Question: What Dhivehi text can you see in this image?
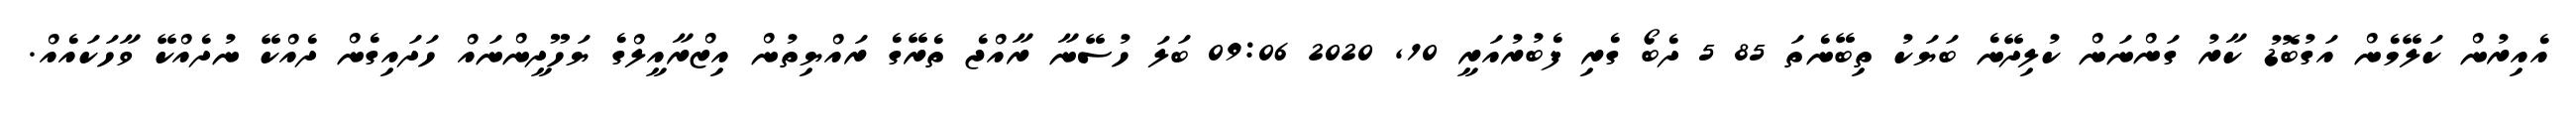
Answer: އެއިރުން ކަލޭމެން އަގުބޮޑު ކާރު ގަންނަން ކުލިދޭނެ ބަޔަކު ތިބޭނެތަ 85 5 ދެބޯ ގެރި ފެބުރުއަރީ 10, 2020 09:06 ބަލަ ހުސޭނާ ރާއްޖެ ތެރޭގެ ރައްޔިތުން އިޒްރާއީލްގެ ޔަހޫދީންނައް ހަދައިގެން ދެއްކޭ ނުދެއްކޭ ވާހަކައެއް.